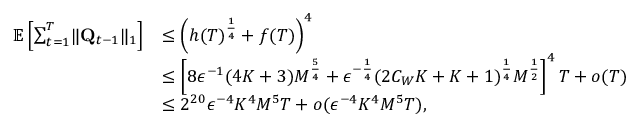
\begin{array} { r l } { \mathbb E \left[ \sum _ { t = 1 } ^ { T } \lVert \mathbf Q _ { t - 1 } \rVert _ { 1 } \right] } & { \le \left( h ( T ) ^ { \frac 1 4 } + f ( T ) \right) ^ { 4 } } \\ & { \le \left[ 8 \epsilon ^ { - 1 } ( 4 K + 3 ) M ^ { \frac 5 4 } + \epsilon ^ { - \frac 1 4 } ( 2 C _ { W } K + K + 1 ) ^ { \frac 1 4 } M ^ { \frac 1 2 } \right] ^ { 4 } T + o ( T ) } \\ & { \le 2 ^ { 2 0 } \epsilon ^ { - 4 } K ^ { 4 } M ^ { 5 } T + o ( \epsilon ^ { - 4 } K ^ { 4 } M ^ { 5 } T ) , } \end{array}